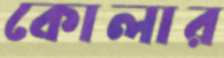
কোলার